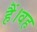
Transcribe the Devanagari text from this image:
हैं।वह